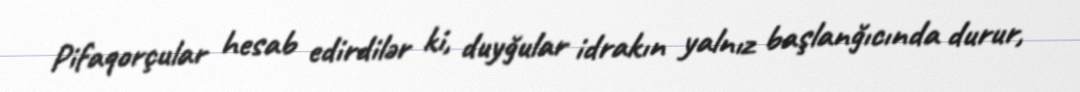
Pifaqorçular hesab edirdilər ki, duyğular idrakın yalnız başlanğıcında durur,